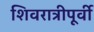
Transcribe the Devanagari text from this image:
शिवरात्रीपूर्वी